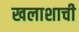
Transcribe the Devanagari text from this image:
खलाशाची